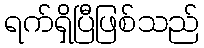
ရက်ရှိပြီဖြစ်သည်